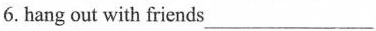
6. hang out with friends___